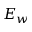
E _ { w }